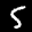
Label: 5